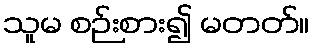
သူမ စဉ်းစား၍ မတတ်။